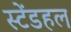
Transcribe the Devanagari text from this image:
स्टेंडहल